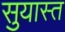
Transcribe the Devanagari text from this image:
सुयास्त